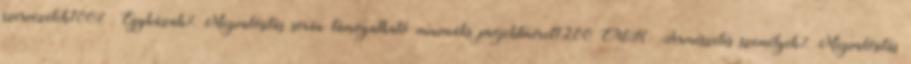
szervezetek100% ▪Egyházak%▪Megvalósítás során támogatható minimális projektméret1200 EUR ▪Természetes személyek%▪Megvalósítás